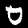
Digit: 0